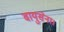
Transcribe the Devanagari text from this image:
वायुसेना।